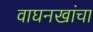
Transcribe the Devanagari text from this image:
वाघनखांचा